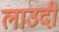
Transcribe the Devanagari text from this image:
लाउदी